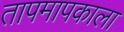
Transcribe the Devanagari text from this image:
तापमापकाला